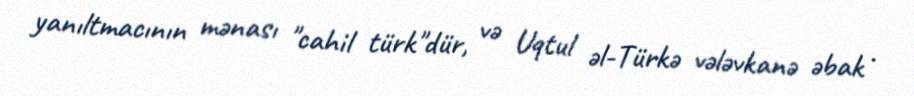
yanıltmacının mənası "cahil türk"dür, və Uqtul əl-Türkə vələvkanə əbak .